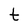
Character: t